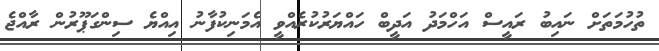
ތުހުމަތަށް ނައިބު ރައީސް އަހްމަދު އަދީބް ހައްޔަރުކުރެއްވީ އެމަނިކުފާނު އިއްޔެ ސިންގަޕޫރުން ރާއްޖެ